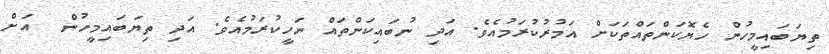
ތިޔަބައިމީހުން ހެޔޮކަންތައްތަކަށް އަމުރުކުރަމުއެވެ. އަދި ނުބައިކަންތައް ނަހީކުރަމުއެވެ. އަދި ތިޔަބައިމީހުން  އަށް